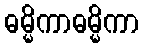
ဓမ္မိကာဓမ္မိကာ